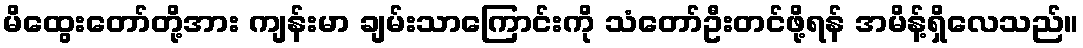
မိထွေးတော်တို့အား ကျန်းမာ ချမ်းသာကြောင်းကို သံတော်ဦးတင်ဖို့ရန် အမိန့်ရှိလေသည်။